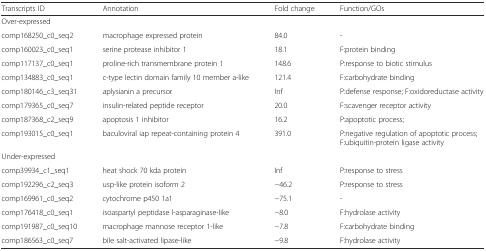
| Transcripts ID | Annotation | Fold change | Function/GOs |
 | --- | --- | --- | --- |
 | <COLSPAN=4> Over-expressed |
 | comp168250_c0_seq2 | macrophage expressed protein | 84.0 | - |
 | comp160023_c0_seq1 | serine protease inhibitor 1 | 18.1 | F:protein binding |
 | comp117137_c0_seq1 | proline-rich transmembrane protein 1 | 148.6 | P:response to biotic stimulus |
 | comp134883_c0_seq1 | c-type lectin domain family 10 member a-like | 121.4 | F:carbohydrate binding |
 | comp180146_c3_seq31 | aplysianin a precursor | Inf | P:defense response; F:oxidoreductase activity |
 | comp179365_c0_seq7 | insulin-related peptide receptor | 20.0 | F:scavenger receptor activity |
 | comp187368_c2_seq9 | apoptosis 1 inhibitor | 16.2 | P:apoptotic process; |
 | comp193015_c0_seq1 | baculoviral iap repeat-containing protein 4 | 391.0 | P:negative regulation of apoptotic process; F:ubiquitin-protein ligase activity |
 | <COLSPAN=4> Under-expressed |
 | comp39934_c1_seq1 | heat shock 70 kda protein | Inf | P:response to stress |
 | comp192296_c2_seq3 | usp-like protein isoform 2 | −46.2 | P:response to stress |
 | comp169961_c0_seq2 | cytochrome p450 1a1 | −75.1 | - |
 | comp176418_c0_seq1 | isoaspartyl peptidase l-asparaginase-like | −8.0 | F:hydrolase activity |
 | comp191987_c0_seq10 | macrophage mannose receptor 1-like | −7.8 | F:carbohydrate binding |
 | comp186563_c0_seq7 | bile salt-activated lipase-like | −9.8 | F:hydrolase activity |